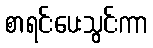
စာရင်းပေးသွင်းကာ